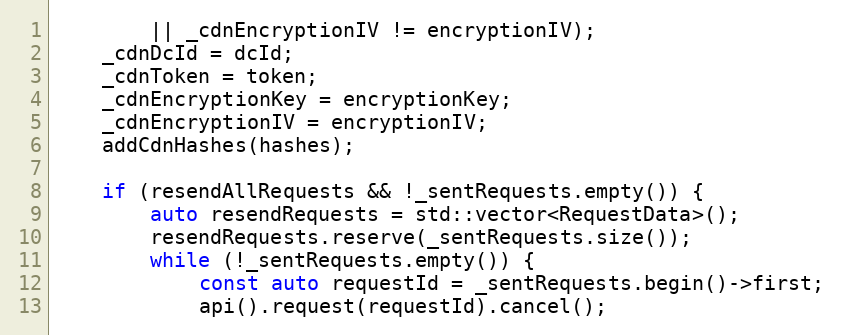
Language: C++
		|| _cdnEncryptionIV != encryptionIV);
	_cdnDcId = dcId;
	_cdnToken = token;
	_cdnEncryptionKey = encryptionKey;
	_cdnEncryptionIV = encryptionIV;
	addCdnHashes(hashes);

	if (resendAllRequests && !_sentRequests.empty()) {
		auto resendRequests = std::vector<RequestData>();
		resendRequests.reserve(_sentRequests.size());
		while (!_sentRequests.empty()) {
			const auto requestId = _sentRequests.begin()->first;
			api().request(requestId).cancel();